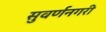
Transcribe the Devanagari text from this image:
सुवर्णनगरी